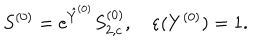
S ^ { ( 0 ) } = e ^ { \hat { Y } ^ { ( 0 ) } } S _ { 2 , c } ^ { ( 0 ) } , \quad \varepsilon ( Y ^ { ( 0 ) } ) = 1 .